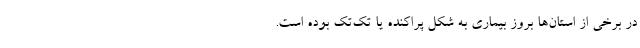
در برخی از استان‌ها بروز بیماری به شکل پراکنده یا تک‌تک بوده است.